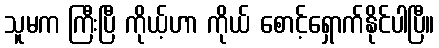
သူမက ကြီးပြီ ကိုယ့်ဟာ ကိုယ် စောင့်ရှောက်နိုင်ပါပြီ။